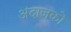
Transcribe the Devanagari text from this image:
अंदाजको